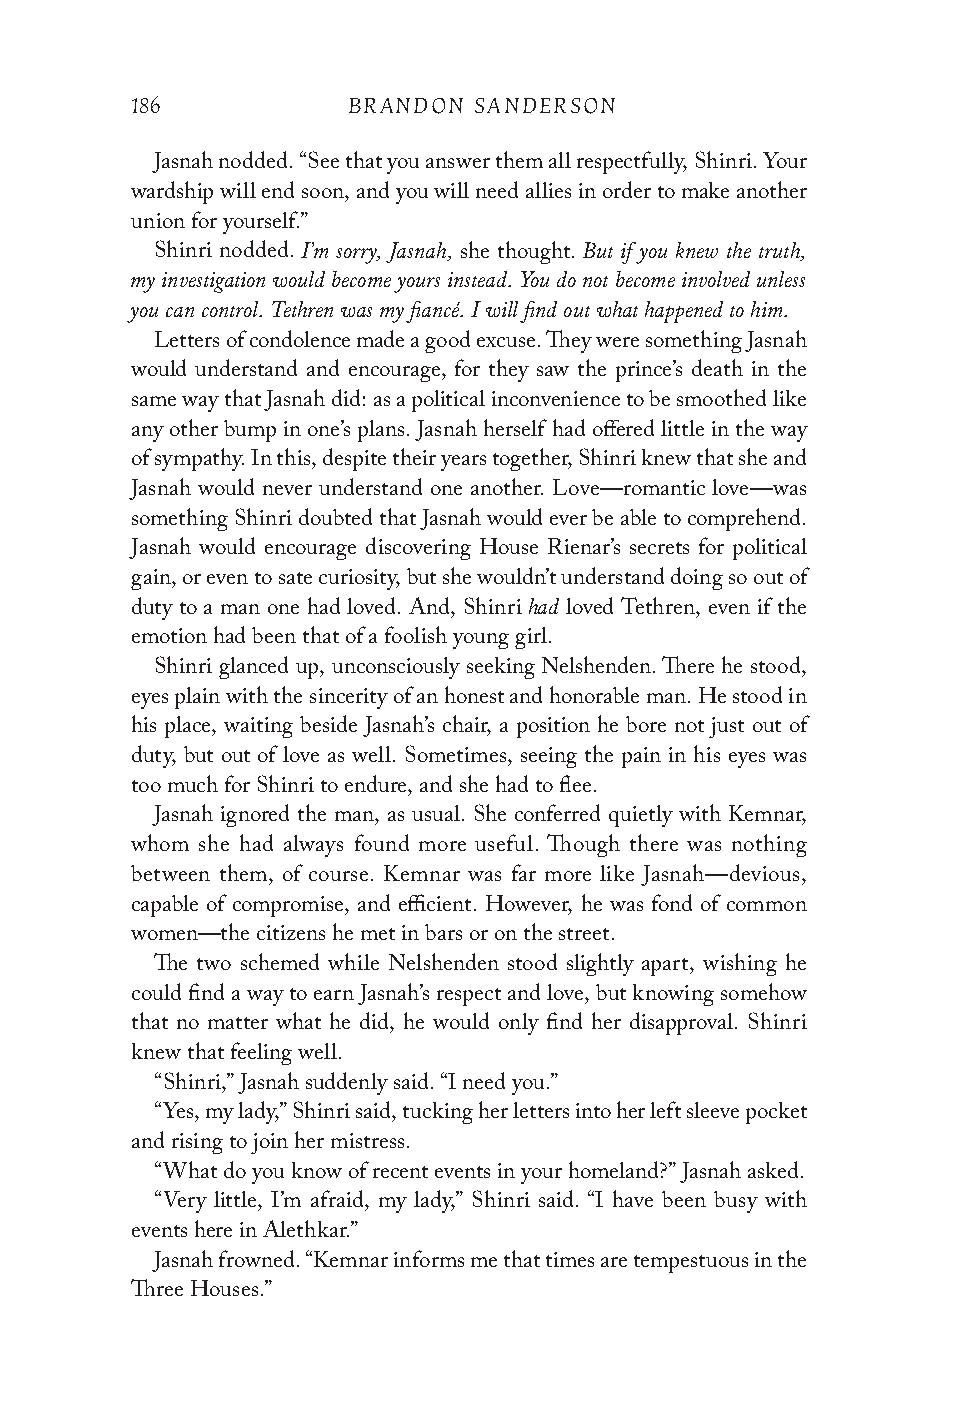
186           BRANDON SANDERSON
 Jasnah nodded. “See that you answer them all respectfully, Shinri. Your
 wardship will end soon, and you will need allies in order to make another
 union for yourself.”
 I’m sorry, Jasnah, But if you knew the truth,
 Shinri nodded.      she thought.
 my investigation would become yours instead. You do not become involved unless
 you can control. Tethren was my fiancé. I will find out what happened to him.
 Letters of condolence made a good excuse. They were something Jasnah
 would understand and encourage, for they saw the prince’s death in the
 same way that Jasnah did: as a political inconvenience to be smoothed like
 any other bump in one’s plans. Jasnah herself had offered little in the way
 of sympathy. In this, despite their years together, Shinri knew that she and
 Jasnah would never understand one another. Love—romantic love—was
 something Shinri doubted that Jasnah would ever be able to comprehend.
 Jasnah would encourage discovering House Rienar’s secrets for political
 gain, or even to sate curiosity, but she wouldn’t understand doing so out of
 had
 duty to a man one had loved. And, Shinri loved Tethren, even if the
 emotion had been that of a foolish young girl.
 Shinri glanced up, unconsciously seeking Nelshenden. There he stood,
 eyes plain with the sincerity of an honest and honorable man. He stood in
 his place, waiting beside Jasnah’s chair, a position he bore not just out of
 duty, but out of love as well. Sometimes, seeing the pain in his eyes was
 too much for Shinri to endure, and she had to flee.
 Jasnah ignored the man, as usual. She conferred quietly with Kemnar,
 whom she had always found more useful. Though there was nothing
 between them, of course. Kemnar was far more like Jasnah—devious,
 capable of compromise, and efficient. However, he was fond of common
 women—the citizens he met in bars or on the street.
 The two schemed while Nelshenden stood slightly apart, wishing he
 could find a way to earn Jasnah’s respect and love, but knowing somehow
 that no matter what he did, he would only find her disapproval. Shinri
 knew that feeling well.
 “Shinri,” Jasnah suddenly said. “I need you.”
 “Yes, my lady,” Shinri said, tucking her letters into her left sleeve pocket
 and rising to join her mistress.
 “What do you know of recent events in your homeland?” Jasnah asked.
 “Very little, I’m afraid, my lady,” Shinri said. “I have been busy with
 events here in Alethkar.”
 Jasnah frowned. “Kemnar informs me that times are tempestuous in the
 Three Houses.”